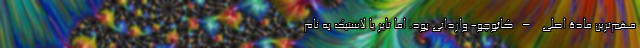
مهم‌ترین مادۀ اصلی –کائوچو- وارداتی بود. اما تایر یا لاستیک به نام